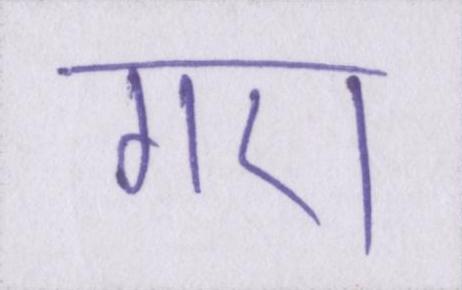
गए